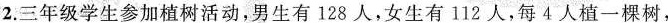
2.三年级学生参加植树活动，男生有128人，女生有112人，每4人植一棵树，